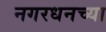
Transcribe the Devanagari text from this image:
नगरधनच्या